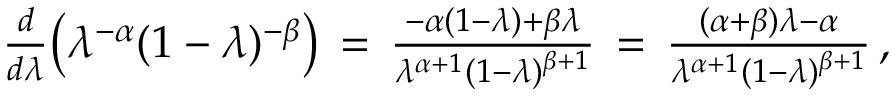
\begin{array} { r } { \frac { d } { d \lambda } \big ( \lambda ^ { - \alpha } ( 1 - \lambda ) ^ { - \beta } \big ) \, = \, \frac { - \alpha ( 1 - \lambda ) + \beta \lambda } { \lambda ^ { \alpha + 1 } ( 1 - \lambda ) ^ { \beta + 1 } } \, = \, \frac { ( \alpha + \beta ) \lambda - \alpha } { \lambda ^ { \alpha + 1 } ( 1 - \lambda ) ^ { \beta + 1 } } \, , } \end{array}